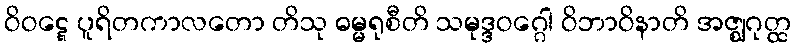
ဝိဝဋ္ဋေ ပူရိတကာလတော တိသု ဓမ္မရုစီတိ သမုဒ္ဒဝဂ္ဂေါ ဝိဘာဝိနာတိ အဇ္ဈဂုတ္ထ